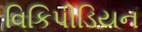
વિકિપીડિયન